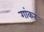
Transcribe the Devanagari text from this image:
गांकर